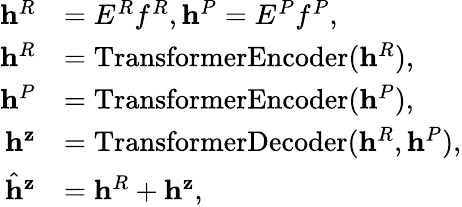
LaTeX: \begin{array}{rl}{\mathbf{h}^{R}}&{=E^{R}f^{R},\mathbf{h}^{P}=E^{P}f^{P},}\\ {\mathbf{h}^{R}}&{=\mathrm{TransformerEncoder}(\mathbf{h}^{R}),}\\ {\mathbf{h}^{P}}&{=\mathrm{TransformerEncoder}(\mathbf{h}^{P}),}\\ {\mathbf{h}^{\mathbf{z}}}&{=\mathrm{TransformerDecoder}(\mathbf{h}^{R},\mathbf{h}^{P}),}\\ {\hat{\mathbf{h}}^{\mathbf{z}}}&{=\mathbf{h}^{R}+\mathbf{h}^{\mathbf{z}},}\end{array}